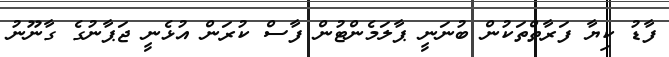
ފާޑު ކިޔާ ފަރާތްތަކުން ބުނަނީ ޕާލަމެންޓުން ފާސް ކުރަން އުޅެނީ ޖަޕާނުގެ ގާނޫނު